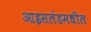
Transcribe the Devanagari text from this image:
आइसलंडमधील